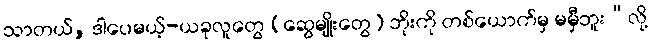
သာတယ်, ဒါပေမယ့်-ယခုလူတွေ (ဆွေမျိုးတွေ) ဘိုးကို တစ်ယောက်မှ မမှီဘူး”လို့